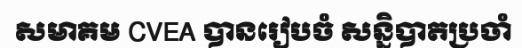
សមាគម CVEA បានរៀបចំ សន្និបាតប្រចាំ